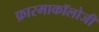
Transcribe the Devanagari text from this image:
फ़ारमाकॉलोजी